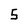
Character: 5